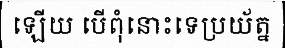
ឡើយ បើពុំនោះទេប្រយ័ត្ន